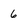
Character: 6